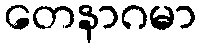
တေနာဂမာ